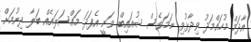
އާދަމް މުހައްމަދު ވިދާޅުވި ނަމަވެސް ޝުއައިބް ވަނީ އެފަދަ މައްސަލައެއް ބަލާ ދިނުމަށް